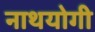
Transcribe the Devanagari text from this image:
नाथयोगी